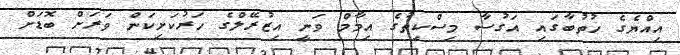
އިއްޔެގެ ހުތުބާގައި އަގުސާ މިސްކިތުގެ އިމާމް ވަނީ އިޒުރޭލްގެ ހަރުކަށިކަން ވަރަށް ބޮޑަށް